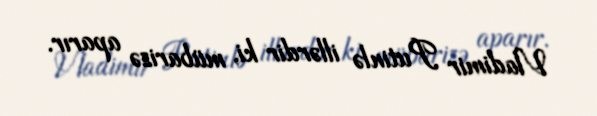
Vladimir Putinlə illərdir ki, mübarizə aparır.